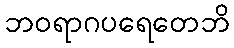
ဘဝရာဂပရေတေဘိ